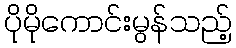
ပိုမိုကောင်းမွန်သည့်